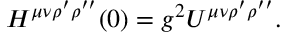
H ^ { \mu \nu \rho ^ { \prime } \rho ^ { \prime \prime } } ( 0 ) = g ^ { 2 } U ^ { \mu \nu \rho ^ { \prime } \rho ^ { \prime \prime } } .